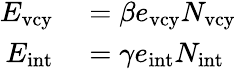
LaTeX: \begin{array}{rl}{E_{\mathrm{vcy}}}&{{}=\beta e_{\mathrm{vcy}}N_{\mathrm{vcy}}}\\ {E_{\mathrm{int}}}&{{}=\gamma e_{\mathrm{int}}N_{\mathrm{int}}}\end{array}